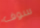
سوف